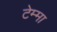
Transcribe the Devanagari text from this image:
टेम्मा